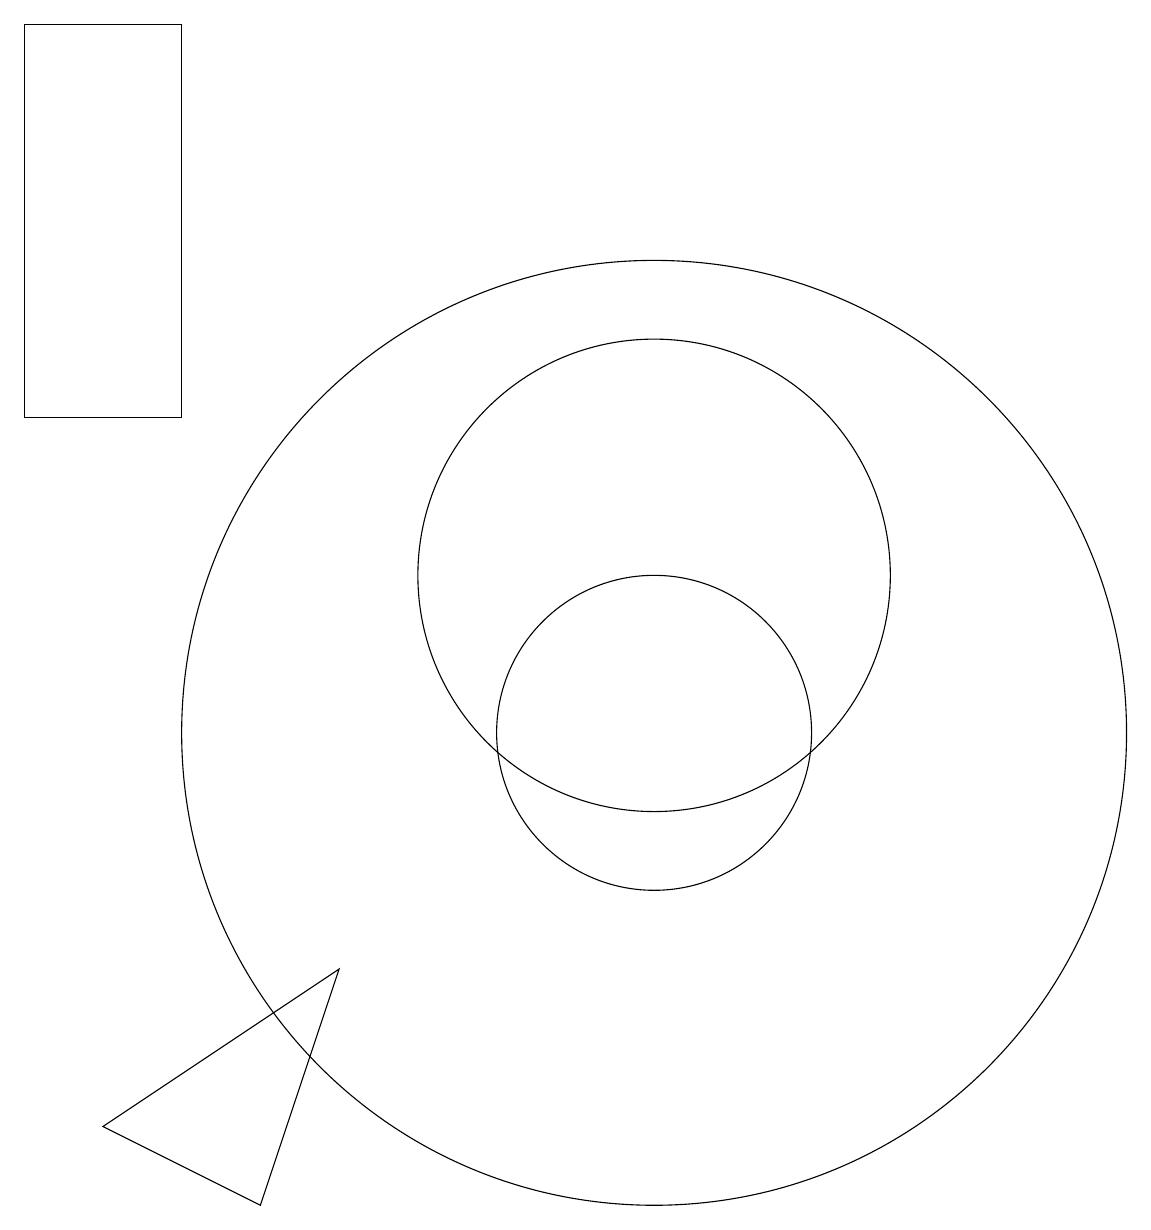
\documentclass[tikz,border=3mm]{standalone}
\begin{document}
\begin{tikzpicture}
\draw (5,19) rectangle (3,14);
\draw (11,10) circle (2);
\draw (11,12) circle (3);
\draw (11,10) circle (6);
\draw (7,7) -- (6,4) -- (4,5) -- cycle;
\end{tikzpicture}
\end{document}